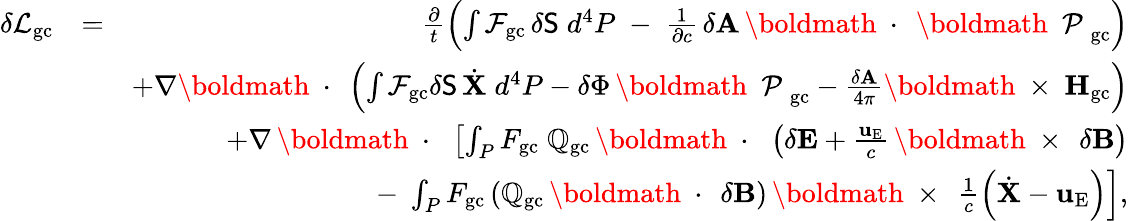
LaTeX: \begin{array}{rlr}{\delta{\cal L}_{\mathrm{gc}}}&{=}&{\frac{\partial}{t}\left(\int{\cal F}_{\mathrm{gc}}\, \delta{\sf S}\; d^{4}P\; -\; \frac{1}{\partial c}\, \delta{\mathbf A}\, \mathrm{\boldmath~\cdot~}\, \mathrm{\boldmath~\cal~P~}_{\mathrm{gc}}\right)}\\ &{}&{+\nabla\mathrm{\boldmath~\cdot~}\left(\int{\cal F}_{\mathrm{gc}}\delta{\sf S}\, \dot{\mathbf X}\; d^{4}P-\delta\Phi\, \mathrm{\boldmath~\cal~P~}_{\mathrm{gc}}-\frac{\delta{\mathbf A}}{4\pi}\mathrm{\boldmath~\times~}{\mathbf H}_{\mathrm{gc}}\right)}\\ &{}&{+\nabla\, \mathrm{\boldmath~\cdot~}\, \left[\int_{P}F_{\mathrm{gc}}\; \mathbb{Q}_{\mathrm{gc}}\, \mathrm{\boldmath~\cdot~}\, \left(\delta{\mathbf E}+\frac{{\mathbf u}_{\mathrm{E}}}{c}\, \mathrm{\boldmath~\times~}\, \delta{\mathbf B}\right)\right.}\\ &{}&{\left.-\; \int_{P}F_{\mathrm{gc}}\left(\mathbb{Q}_{\mathrm{gc}}\, \mathrm{\boldmath~\cdot~}\, \delta{\mathbf B}\right)\, \mathrm{\boldmath~\times~}\, \frac{1}{c}\left(\dot{\mathbf X}-{\mathbf u}_{\mathrm{E}}\right)\right],}\end{array}